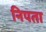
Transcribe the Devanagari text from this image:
निपता